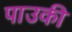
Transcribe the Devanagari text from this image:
पाउकी